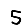
Digit: 5